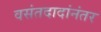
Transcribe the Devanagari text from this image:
वसंतदादांनंतर